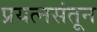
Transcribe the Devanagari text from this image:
प्रयत्‍नसंतून